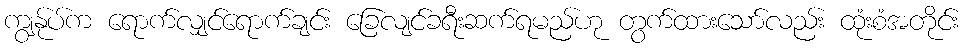
ကျွန်ုပ်က ရောက်လျှင်ရောက်ချင်း ခြေလျင်ခရီးဆက်ရမည်ဟု တွက်ထားသော်လည်း ထုံးစံအတိုင်း